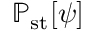
\mathbb { P } _ { \mathrm { s t } } [ \psi ]